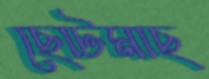
ছোটমাছ